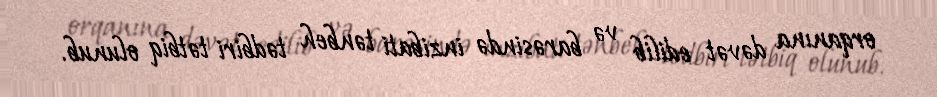
orqanına dəvət edilib və barəsində inzibati tənbeh tədbiri tətbiq olunub.